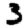
Digit: 3